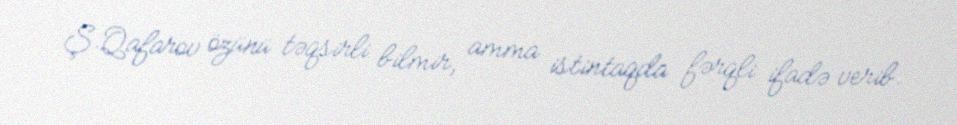
Ş.Qafarov özünü təqsirli bilmir, amma istintaqda fərqli ifadə verib.